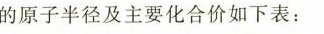
的原子半径及主要化合价如下表：